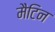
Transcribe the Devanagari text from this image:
मैटिन